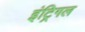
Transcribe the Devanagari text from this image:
इंट्रिगल